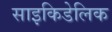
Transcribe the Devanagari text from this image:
साइकिडेलिक